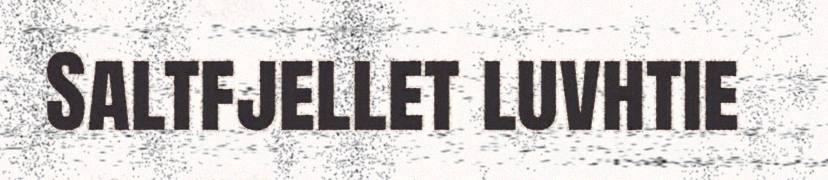
Saltfjellet luvhtie